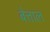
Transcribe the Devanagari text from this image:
बेत्ताल